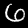
Label: 6